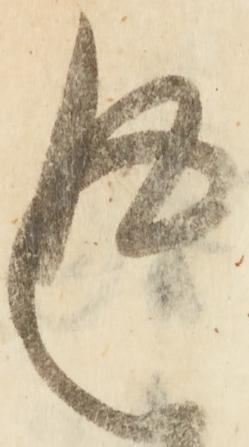
返